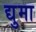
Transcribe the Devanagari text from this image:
द्युमा